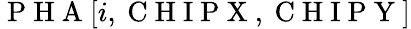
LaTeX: \mathrm{~P~H~A~}[i,\mathrm{~C~H~I~P~X~},\mathrm{~C~H~I~P~Y~}]